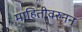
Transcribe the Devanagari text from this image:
माहितीवरुनन